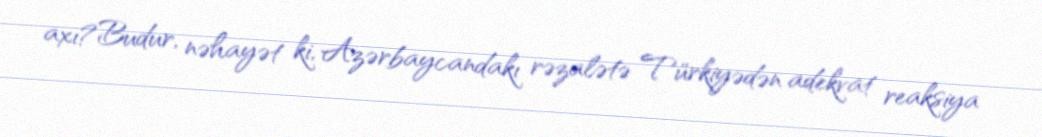
axı?Budur, nəhayət ki, Azərbaycandakı rəzalətə Türkiyədən adekvat reaksiya